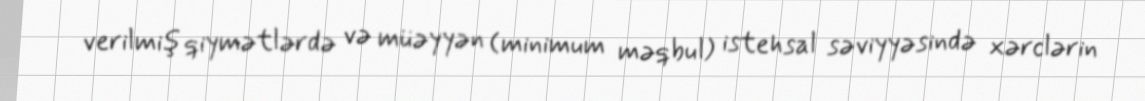
verilmiş qiymətlərdə və müəyyən (minimum məqbul) istehsal səviyyəsində xərclərin